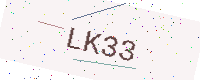
Text: LK33